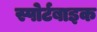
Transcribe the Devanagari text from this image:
स्पोर्टबाइक